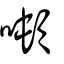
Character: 噸